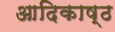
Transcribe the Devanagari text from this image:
आदिकाष्ठ